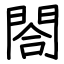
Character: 閤